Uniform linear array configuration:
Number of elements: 64
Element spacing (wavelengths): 0.25
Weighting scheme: kaiser
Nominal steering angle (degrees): -15
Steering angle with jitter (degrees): -13.072
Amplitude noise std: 0.05
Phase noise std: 0.05

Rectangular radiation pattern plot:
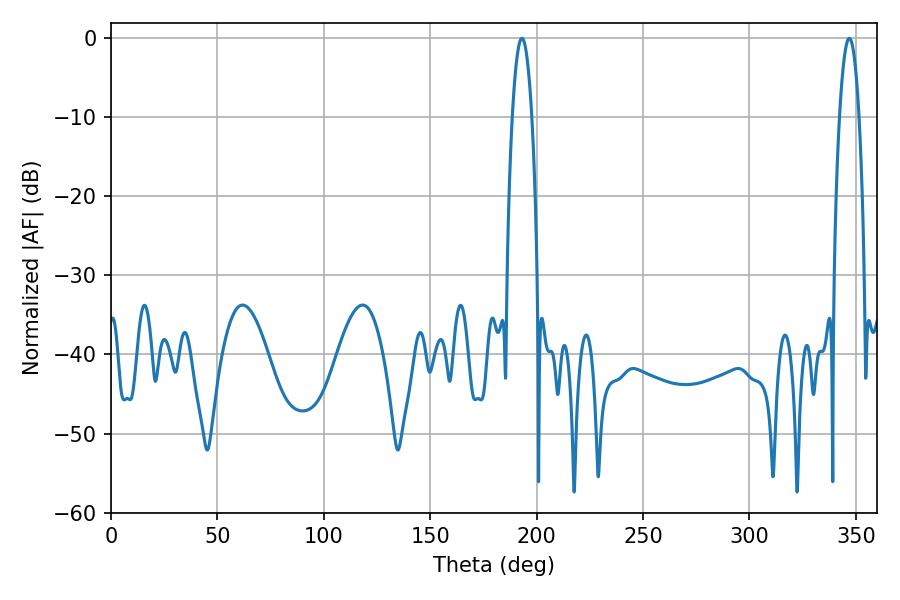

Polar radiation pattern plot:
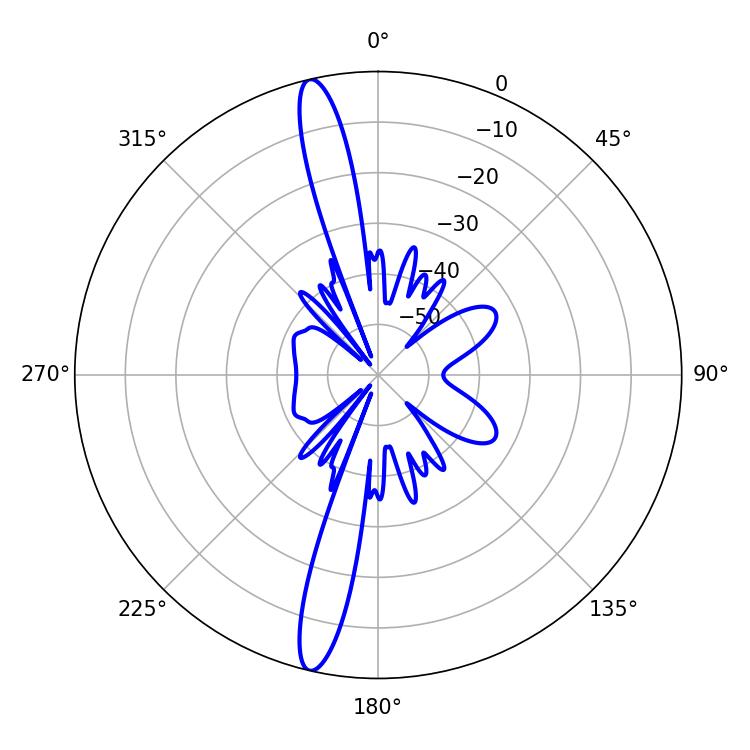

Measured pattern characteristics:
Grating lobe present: FALSE
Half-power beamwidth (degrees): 5.04
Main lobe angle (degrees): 193.14